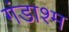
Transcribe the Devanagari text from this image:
गंडाश्म